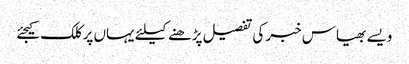
ویسے بھیاس خبر کی تفصیل پڑھنے کیلئے یہاں پر کلک کیجئے